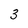
Character: 3